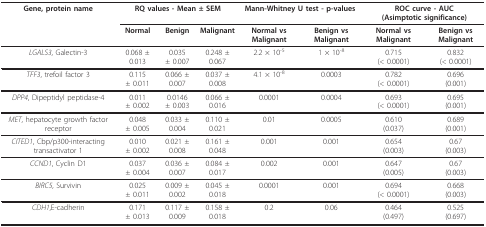
<table><thead><tr><td><b>Gene, protein name</b></td><td colspan="3"><b>RQ values - Mean ± SEM</b></td><td colspan="2"><b>Mann-Whitney U test - p-values</b></td><td colspan="2"><b>ROC curve - AUC (Asimptotic significance)</b></td></tr><tr><td></td><td><b>Normal</b></td><td><b>Benign</b></td><td><b>Malignant</b></td><td><b>Normal vs Malignant</b></td><td><b>Benign vs Malignant</b></td><td><b>Normal vs Malignant</b></td><td><b>Benign vs Malignant</b></td></tr></thead><tbody><tr><td><i>LGALS3</i>, Galectin-3</td><td>0.068 ± 0.013</td><td>0.035± 0.007</td><td>0.248 ± 0.067</td><td>2.2 × 10<sup>-5</sup></td><td>1 × 10<sup>-8</sup></td><td>0.715(&lt; 0.0001)</td><td>0.832(&lt; 0.0001)</td></tr><tr><td><i>TFF3</i>, trefoil factor 3</td><td>0.115± 0.011</td><td>0.066 ± 0.007</td><td>0.037 ± 0.008</td><td>4.1 × 10<sup>-8</sup></td><td>0.0003</td><td>0.782(&lt; 0.0001)</td><td>0.696(0.001)</td></tr><tr><td><i>DPP4</i>, Dipeptidyl peptidase-4</td><td>0.011± 0.002</td><td>0.0146± 0.003</td><td>0.066 ± 0.016</td><td>0.0001</td><td>0.0004</td><td>0.693(&lt; 0.0001)</td><td>0.695(0.001)</td></tr><tr><td><i>MET</i>, hepatocyte growth factor receptor</td><td>0.048± 0.005</td><td>0.033 ± 0.004</td><td>0.110 ± 0.021</td><td>0.01</td><td>0.0005</td><td>0.610(0.037)</td><td>0.689(0.001)</td></tr><tr><td><i>CITED1</i>, Cbp/p300-interacting transactivator 1</td><td>0.010± 0.002</td><td>0.021 ± 0.008</td><td>0.161 ± 0.048</td><td>0.001</td><td>0.001</td><td>0.654(0.003)</td><td>0.67(0.003)</td></tr><tr><td><i>CCND1</i>, Cyclin D1</td><td>0.037± 0.004</td><td>0.036 ± 0.007</td><td>0.084 ± 0.017</td><td>0.002</td><td>0.001</td><td>0.647(0.005)</td><td>0.67(0.003)</td></tr><tr><td><i>BIRC5</i>, Survivin</td><td>0.025± 0.011</td><td>0.009 ± 0.002</td><td>0.045 ± 0.018</td><td>0.0001</td><td>0.001</td><td>0.694(&lt; 0.0001)</td><td>0.668(0.003)</td></tr><tr><td><i>CDH1</i>,E-cadherin</td><td>0.171± 0.013</td><td>0.117 ± 0.009</td><td>0.158 ± 0.018</td><td>0.2</td><td>0.06</td><td>0.464(0.497)</td><td>0.525(0.697)</td></tr></tbody></table>